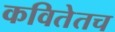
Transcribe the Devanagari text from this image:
कवितेतच